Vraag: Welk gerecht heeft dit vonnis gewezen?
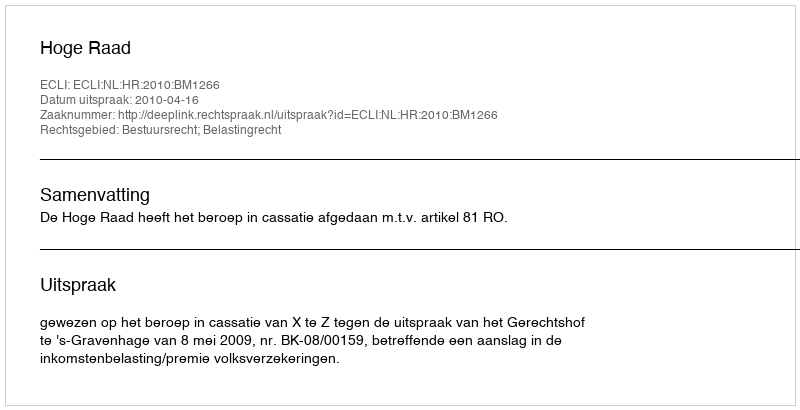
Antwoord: Hoge Raad